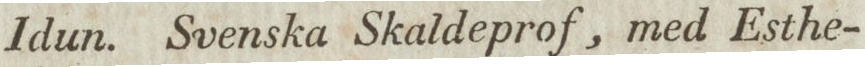
Idun. Svenska Skaldeprof, med Esthe-